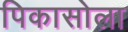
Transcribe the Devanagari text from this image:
पिकासोला